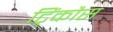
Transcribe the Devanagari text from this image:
ट्रिंकौस